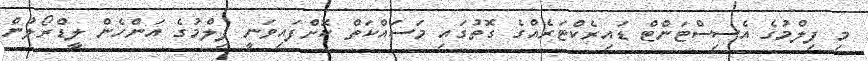
މި ފިލްމުގެ އެސިސްޓަންޓް ޑައިރެކްޓަރެއްގެ ގޮތުގައި މަސައްކަތް ކޮށްފައިވަނީ ފިލްމުގެ އަންހެން ލީޑްރޯލުން